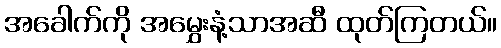
အခေါက်ကို အမွှေးနံ့သာအဆီ ထုတ်ကြတယ်။